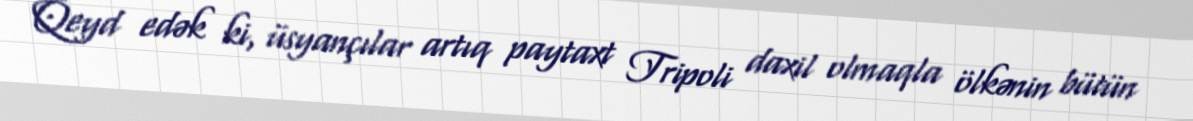
Qeyd edək ki, üsyançılar artıq paytaxt Tripoli daxil olmaqla ölkənin bütün